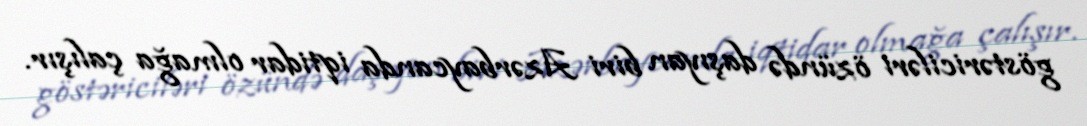
göstəriciləri özündə daşıyan biri Azərbaycanda iqtidar olmağa çalışır.